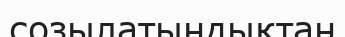
созылатындықтан